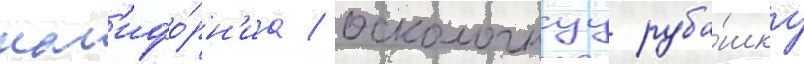
кал'ифо́рн'иа / осколочнуу руба́шку